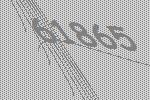
61865